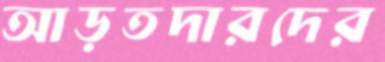
আড়তদারদের